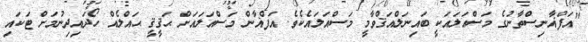
"އަފްޣާނިސްތާނުގެ މަސްއަލައަކީ ބައިނަލްއަޤްވާމީ މަސްއަލައެކެވެ. އަފްޣާން މަސްއަލައަށް ޙަޤީޤީ ޙައްލެއް ހޯދައިދިނުމަށް ޓަކައި